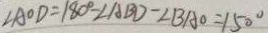
\angle A O D = 1 8 0 ^ { \circ } - \angle A B D - \angle B A O = 1 5 0 ^ { \circ }